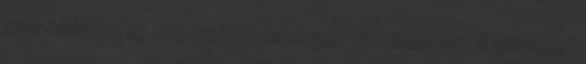
már többen is eredményesen védték meg így a címüket